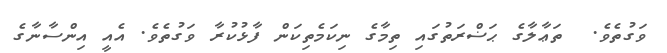
ވަގުތެވެ.  ތަޢާލާގެ ޙަޟްރަތުގައި ތިމާގެ ނިކަމެތިކަން ފާޅުކުރާ ވަގުތެވެ. އެއީ އިންސާނާގެ